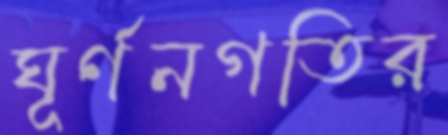
ঘূর্ণনগতির